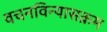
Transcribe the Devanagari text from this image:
वचनविन्यासक्रम